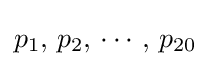
p_{1},\,p_{2},\,\cdots ,\,p_{20}